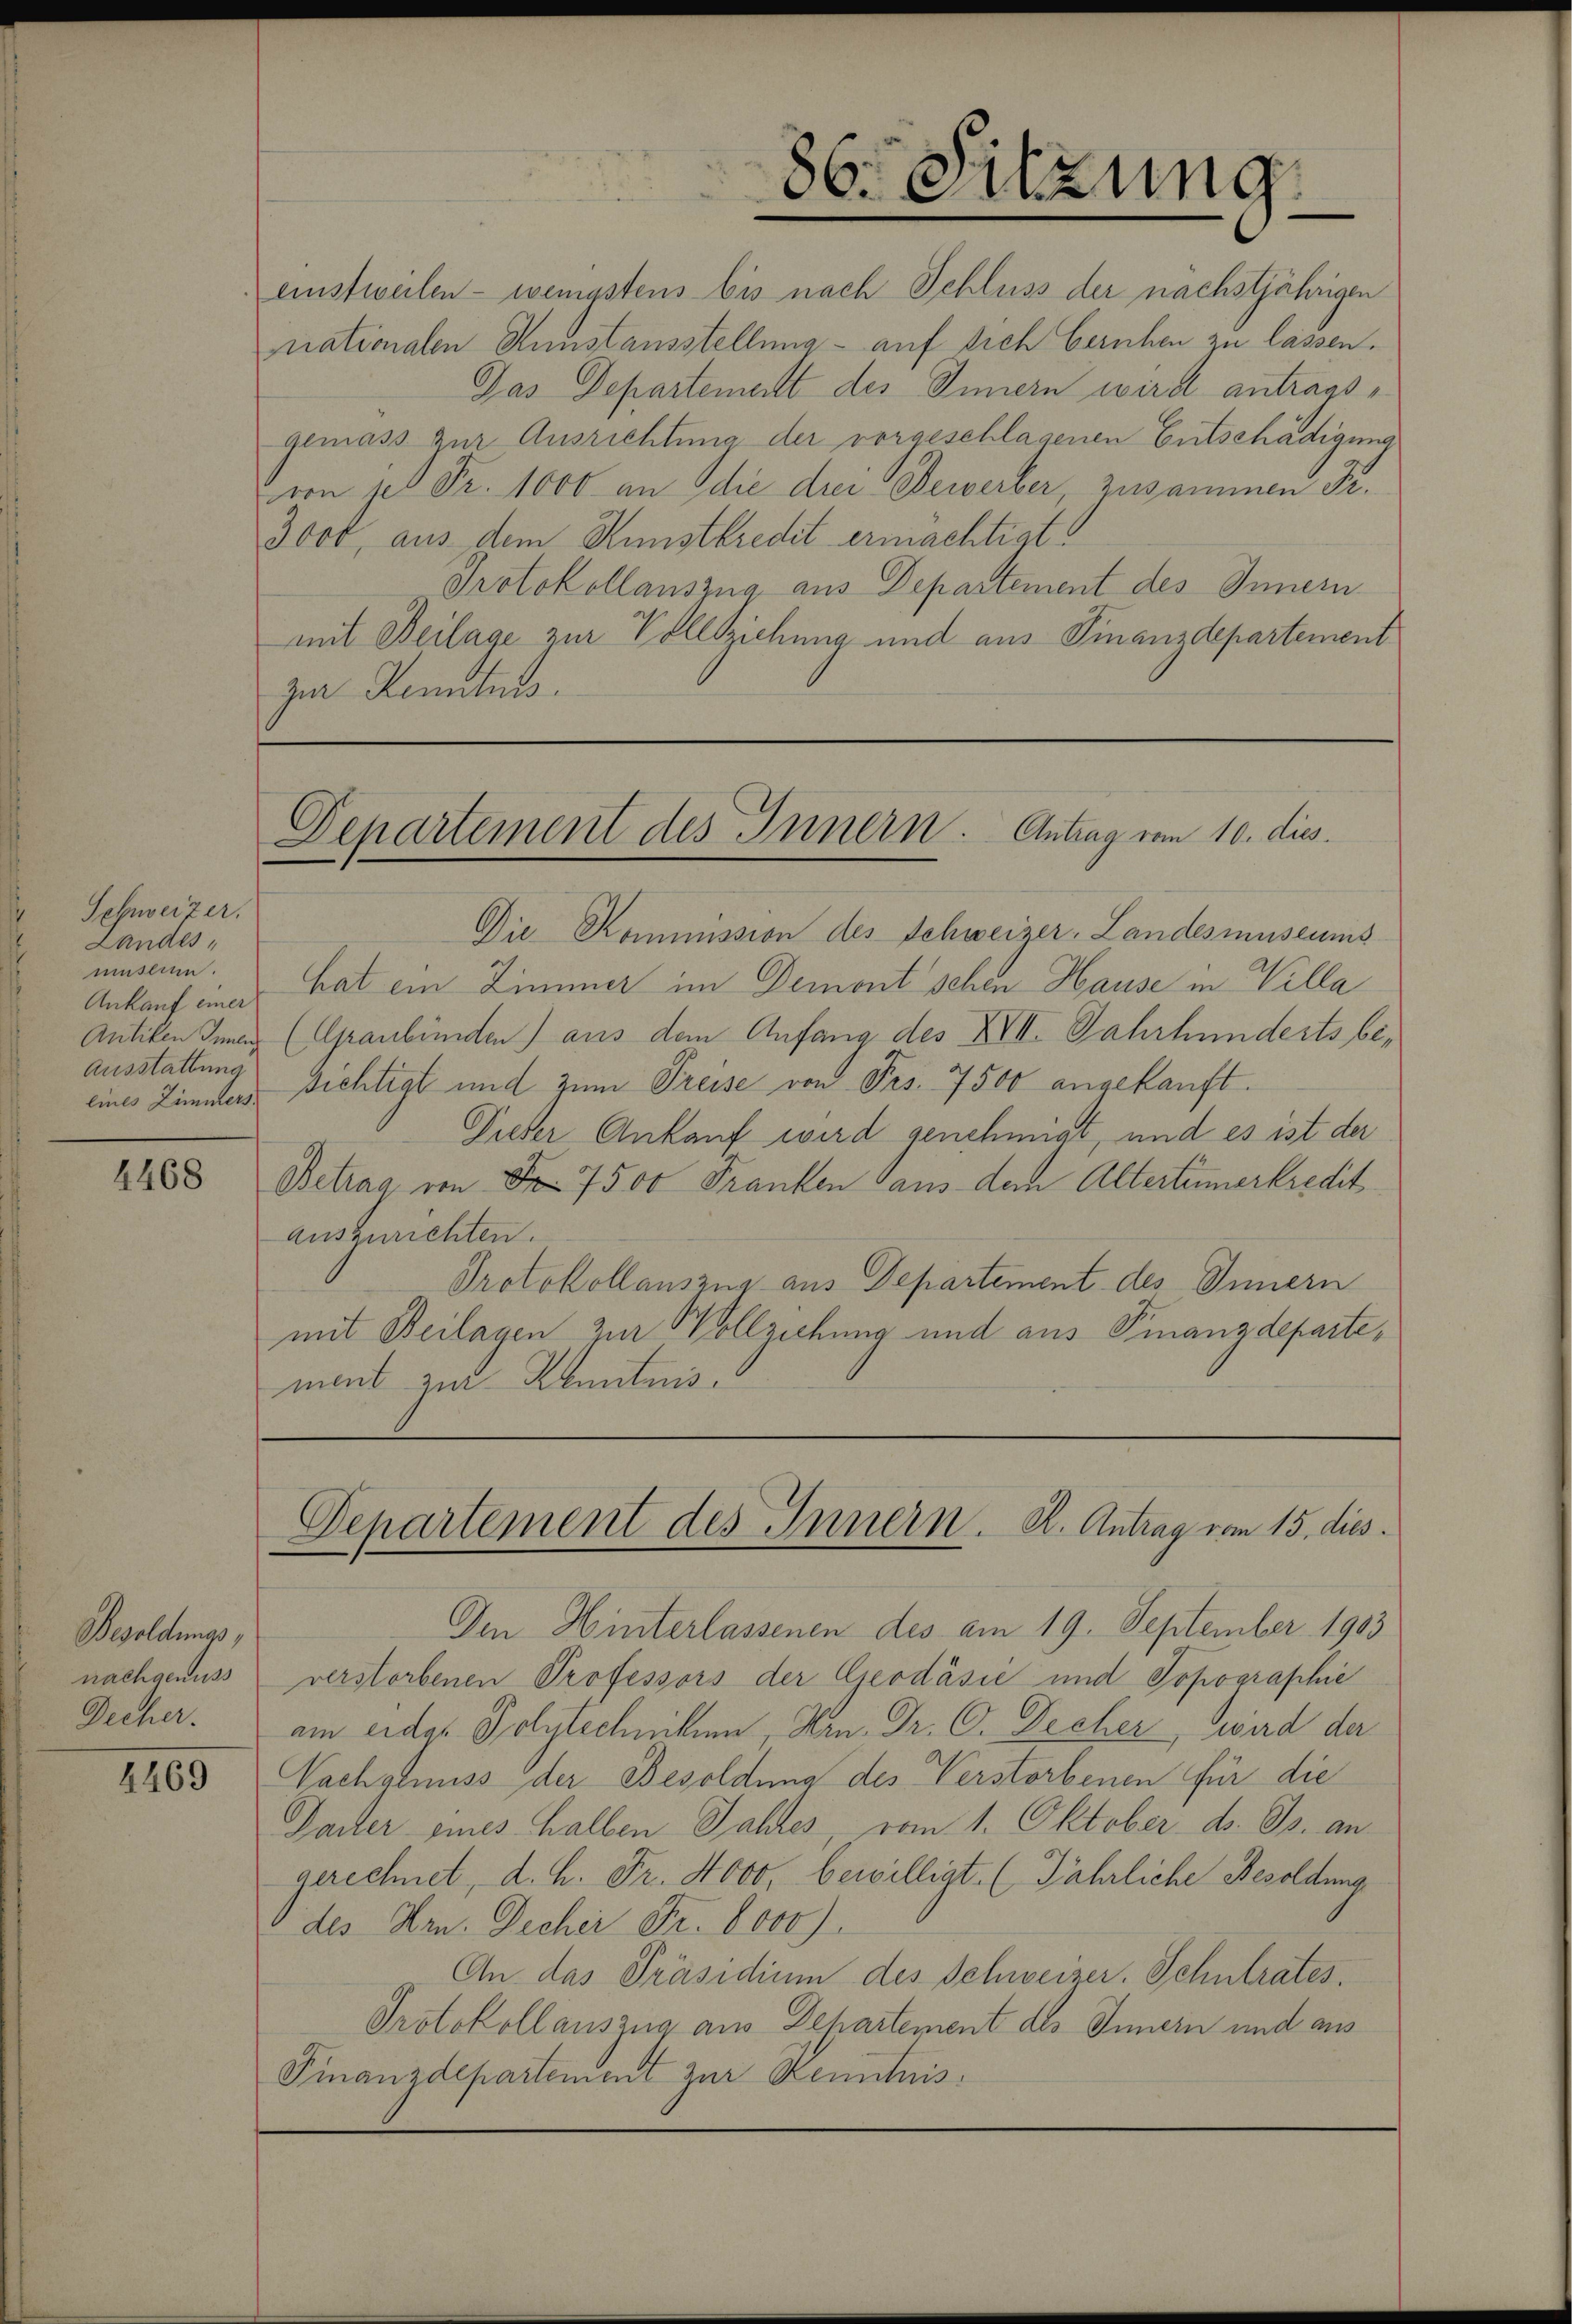
4468

Besoldungs,
nachgenuss
Decher.

4469

Schweizer.
Landes,
museum.
Ankauf einer
Ausstattung

86. Sitzung.

einstweilen - wenigstens bis nach Schluss der nächstjährigen
nationalen Kunstausstellung - auf sich beruhen zu lassen.
Das Departement des Innern wird antragsgemäss zur Ausrichtung der vorgeschlagenen Entschädigung
von des Fr. 1000 an die drei Bewerber, zusammen Fr.
3000, aus dem Kunstkredit ermächtigt
Protokollauszug aus Departement des Innern
mit Beilage zur Vollziehung und aus Finanzdepartement
zur Kenntnis.

Departement des Innern. Antrag vom 10. dies

Die Kommission des Schweizer, Landesmuseums
hat ein Zimmer im Demont schen Hause in Willa
Antiken Inen (Graubünden) aus dem Anfang des XVII. Jahrhunderts beeines Zimmers sichtigt und zum Preise von Frs. 7500 angekauft.
Gieder Ankauf wird genehmigt, und es ist der
Betrag von Nr. 7500 Franken aus dem Altertümerkredit
Auszurichten.
Protokollauszug aus Departement des Innern
mit Beilagen zur Vollziehung und aus Finanzdepartement zur Kenntnis

Departement des Innern. K. Antrag vom 15. dies

Ien Hinterlassenen des am 19. September 1903
verstorbenen Professors der Geodásić und Topographie
am eidg. Polytechnikum, Hrn. Dr. C. Decher, wird der
Nachgenuss der Besoldung des Verstorbenen für die
Darrer eines halben Jahres vom 1. Oktober d. Js. angerechnet, d. h. Fr. 4000, bewilligt. (Jährliche Besoldung
des Hrn. Decher Fr. 8000).
An das Präsidium des Schweizer. Schulrates.
Protokoll auszug aus Departement des Innern und aus
Finanzdepartement zur Kenntnis.